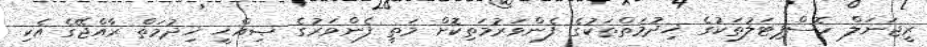
ރީޖަނަލް ހޮސްޕިޓަލުތަކުގެ ޚިދުމަތްތަކުގެ ފެންވަރުމަތިކޮށް މަތީ ފެންވަރުގެ ޞިއްޙީ ޚިދުމަތް ރާއްޖޭގެ އެކި